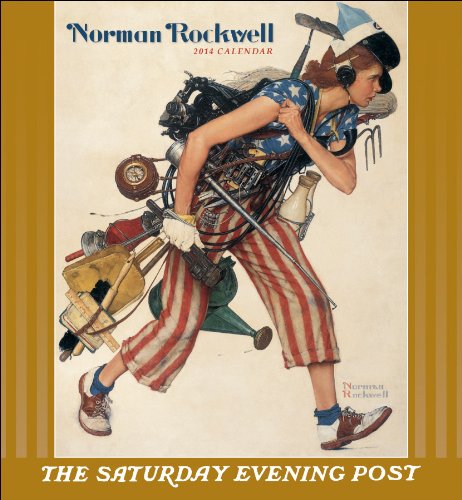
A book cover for Norman Rockwell 2014 Calendar: The Saturday Evening Post; Calendars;